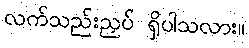
လက်သည်းညှပ် ရှိပါသလား။